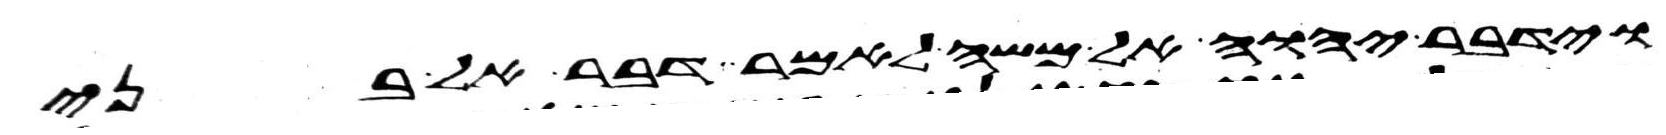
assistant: וידבר יהוה אל משה לאמר דבר אל בני